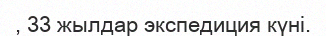
, 33 жылдар экспедиция күні.